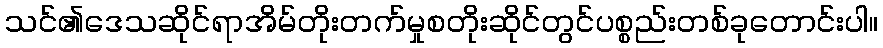
သင်၏ဒေသဆိုင်ရာအိမ်တိုးတက်မှုစတိုးဆိုင်တွင်ပစ္စည်းတစ်ခုတောင်းပါ။